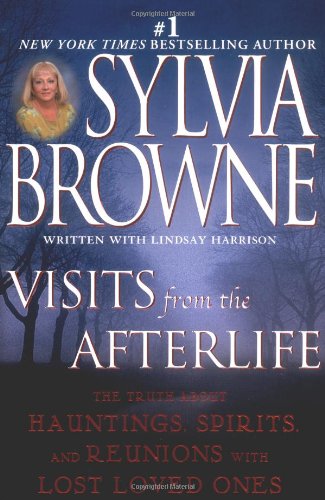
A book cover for Visits from the Afterlife: The Truth About Hauntings, Spirits, and Reunions with Lost Loved Ones; Sylvia Browne; Religion & Spirituality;